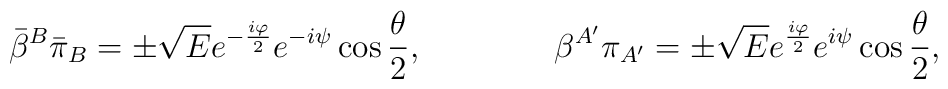
{\bar \beta}^{B}{\bar \pi}_{B}=\pm {\sqrt E} e^{-{i\varphi \over 2}}e^{-i\psi}\cos{\theta \over 2}, \qquad \qquad\beta^{A^\prime}\pi_{A^\prime}=\pm {\sqrt E} e^{{i\varphi \over 2}}e^{i\psi}\cos{\theta \over 2},